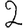
Digit: 2